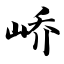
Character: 峤